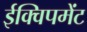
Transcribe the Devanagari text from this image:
ईक्विपमेंट